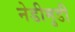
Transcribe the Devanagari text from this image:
नेडीमुडी